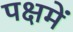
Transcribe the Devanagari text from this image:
पक्षमें